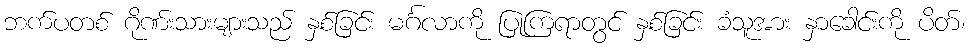
ဘက်ပတစ် ဂိုဏ်းသားများသည် နှစ်ခြင်း မင်္ဂလာကို ပြုကြရာတွင် နှစ်ခြင်း ခံသူအား နှာခေါင်းကို ပိတ်၊